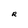
Character: R